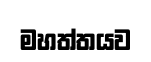
මහත්තයව